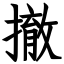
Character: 撤